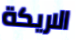
الاريكة